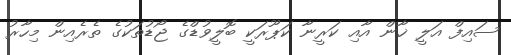
ސައިފް އަލީ ޚާން އާއި ކަރީނާ ކަޕޫރަކީ ބޮލީވުޑްގެ ޖޯޑުތަކުގެ ތެރެއިން މިހާރު